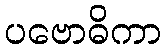
ပဗောဓိကာ